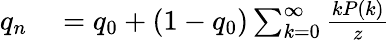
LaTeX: \begin{array}{rl}{q_{n}}&{{}=q_{0}+(1-q_{0})\sum_{k=0}^{\infty}\frac{kP(k)}{z}}\end{array}